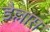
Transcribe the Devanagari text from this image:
डैल्लास